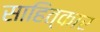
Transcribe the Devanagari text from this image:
साहित्कार